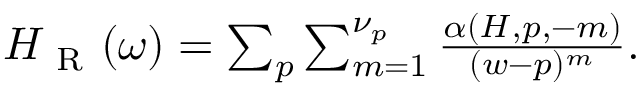
\begin{array} { r } { H _ { \mathrm { ~ R ~ } } ( \omega ) = \sum _ { p } \sum _ { m = 1 } ^ { \nu _ { p } } \frac { \alpha ( H , p , - m ) } { ( w - p ) ^ { m } } . } \end{array}